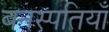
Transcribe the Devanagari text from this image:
बनस्पतियाँ